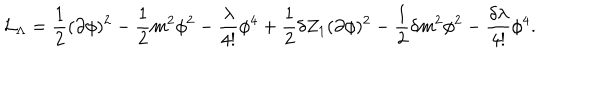
LaTeX: { \cal { L } } _ { \Lambda } = \frac { 1 } { 2 } ( \partial \phi ) ^ { 2 } - \frac { 1 } { 2 } m ^ { 2 } \phi ^ { 2 } - \frac { \lambda } { 4 ! } \phi ^ { 4 } + \frac { 1 } { 2 } \delta Z _ { 1 } ( \partial \phi ) ^ { 2 } - \frac { 1 } { 2 } \delta m ^ { 2 } \phi ^ { 2 } - \frac { \delta \lambda } { 4 ! } \phi ^ { 4 } .